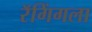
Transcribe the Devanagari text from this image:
रॅगिंगला